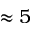
\approx 5